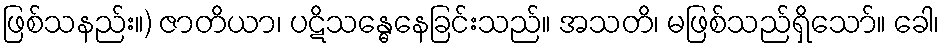
ဖြစ်သနည်း။) ဇာတိယာ၊ ပဋိသန္ဓေနေခြင်းသည်။ အသတိ၊ မဖြစ်သည်ရှိသော်။ ခေါ၊